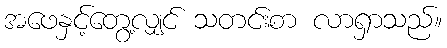
အဖေနှင့်တွေ့လျှင် သတင်းစာ လာရှာသည်။